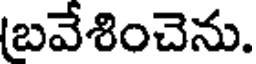
(బవేశించెను.